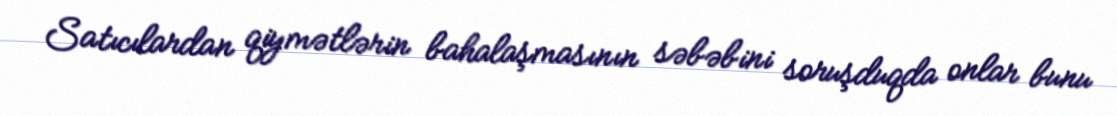
Satıcılardan qiymətlərin bahalaşmasının səbəbini soruşduqda onlar bunu